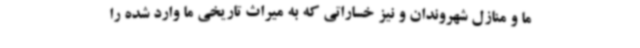
ما و منازل شهروندان و نیز خساراتی که به میراث تاریخی ما وارد شده را